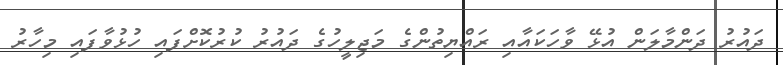
ދައުރު ދަންމާލަން އުޅޭ ވާހަކައާއި ރައްޔިތުންގެ މަޖިލީހުގެ ދައުރު ކުރުކޮށްފައި ހުޅުވާފައި މިހާރު